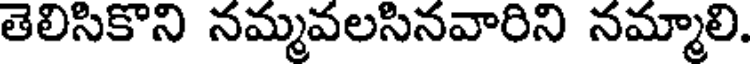
తెలిసికొని నమ్మవలసినవారిని నమ్మాలి.